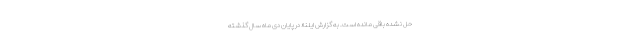
حل نشده باقی مانده است. به گزارش ایلنا؛ در پایان دی ماه سال گذشته